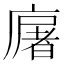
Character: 廜